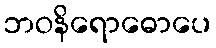
ဘဝနိရောဓောပေ